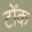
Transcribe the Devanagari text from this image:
टोँक